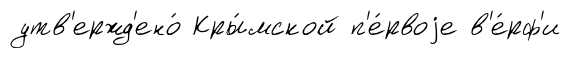
утв'ержд'ено́ Кры́мской п'е́рвоjе в'е́рф'и